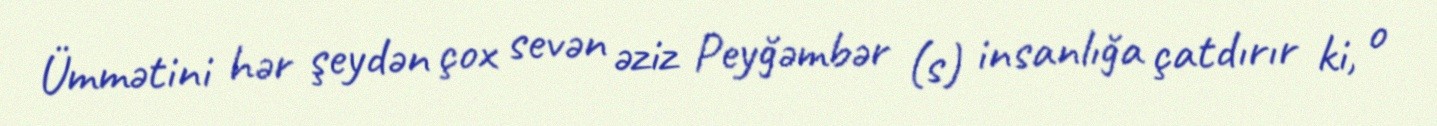
Ümmətini hər şeydən çox sevən əziz Peyğəmbər (s) insanlığa çatdırır ki, o